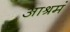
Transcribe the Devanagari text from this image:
आश्रमं